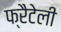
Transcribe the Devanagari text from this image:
फ्रैटेली